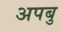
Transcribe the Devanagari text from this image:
अपबु